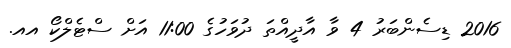
2016 ޑިސެންބަރު 4 ވާ އާދީއްތަ ދުވަހުގެ 11:00 އަށް ސްޓެލްކޯ އއ.